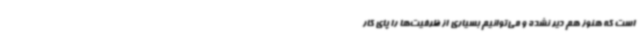
است که هنوز هم دیر نشده و می‌توانیم بسیاری از ظرفیت‌ها را پای کار